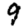
Digit: 9